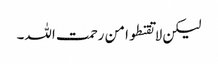
لیکن لا تقنطوا من رحمت اللہ۔